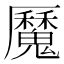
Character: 𩴣